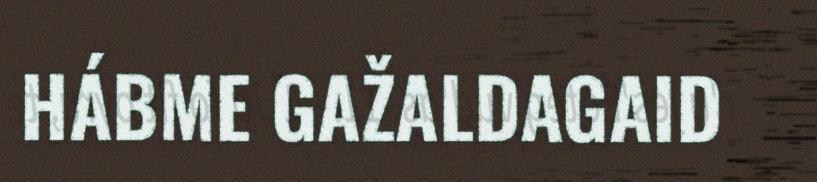
HÁBME GAŽALDAGAID